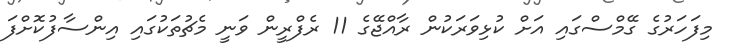
މިފަހަރުގެ ގޭމްސްގައި އަށް ކުޅިވަރަކުން ރާއްޖޭގެ 11 ރެފްރީން ވަނީ މެޗުތަކުގައި އިންސާފުކޮށްފަ